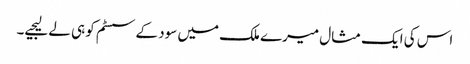
اس کی ایک مثال میرے ملک میں سود کے سسٹم کو ہی لے لیجیے۔